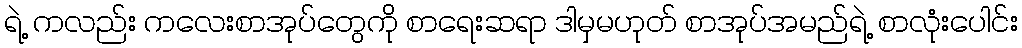
ရဲ့ ကလည်း ကလေးစာအုပ်တွေကို စာရေးဆရာ ဒါမှမဟုတ် စာအုပ်အမည်ရဲ့ စာလုံးပေါင်း